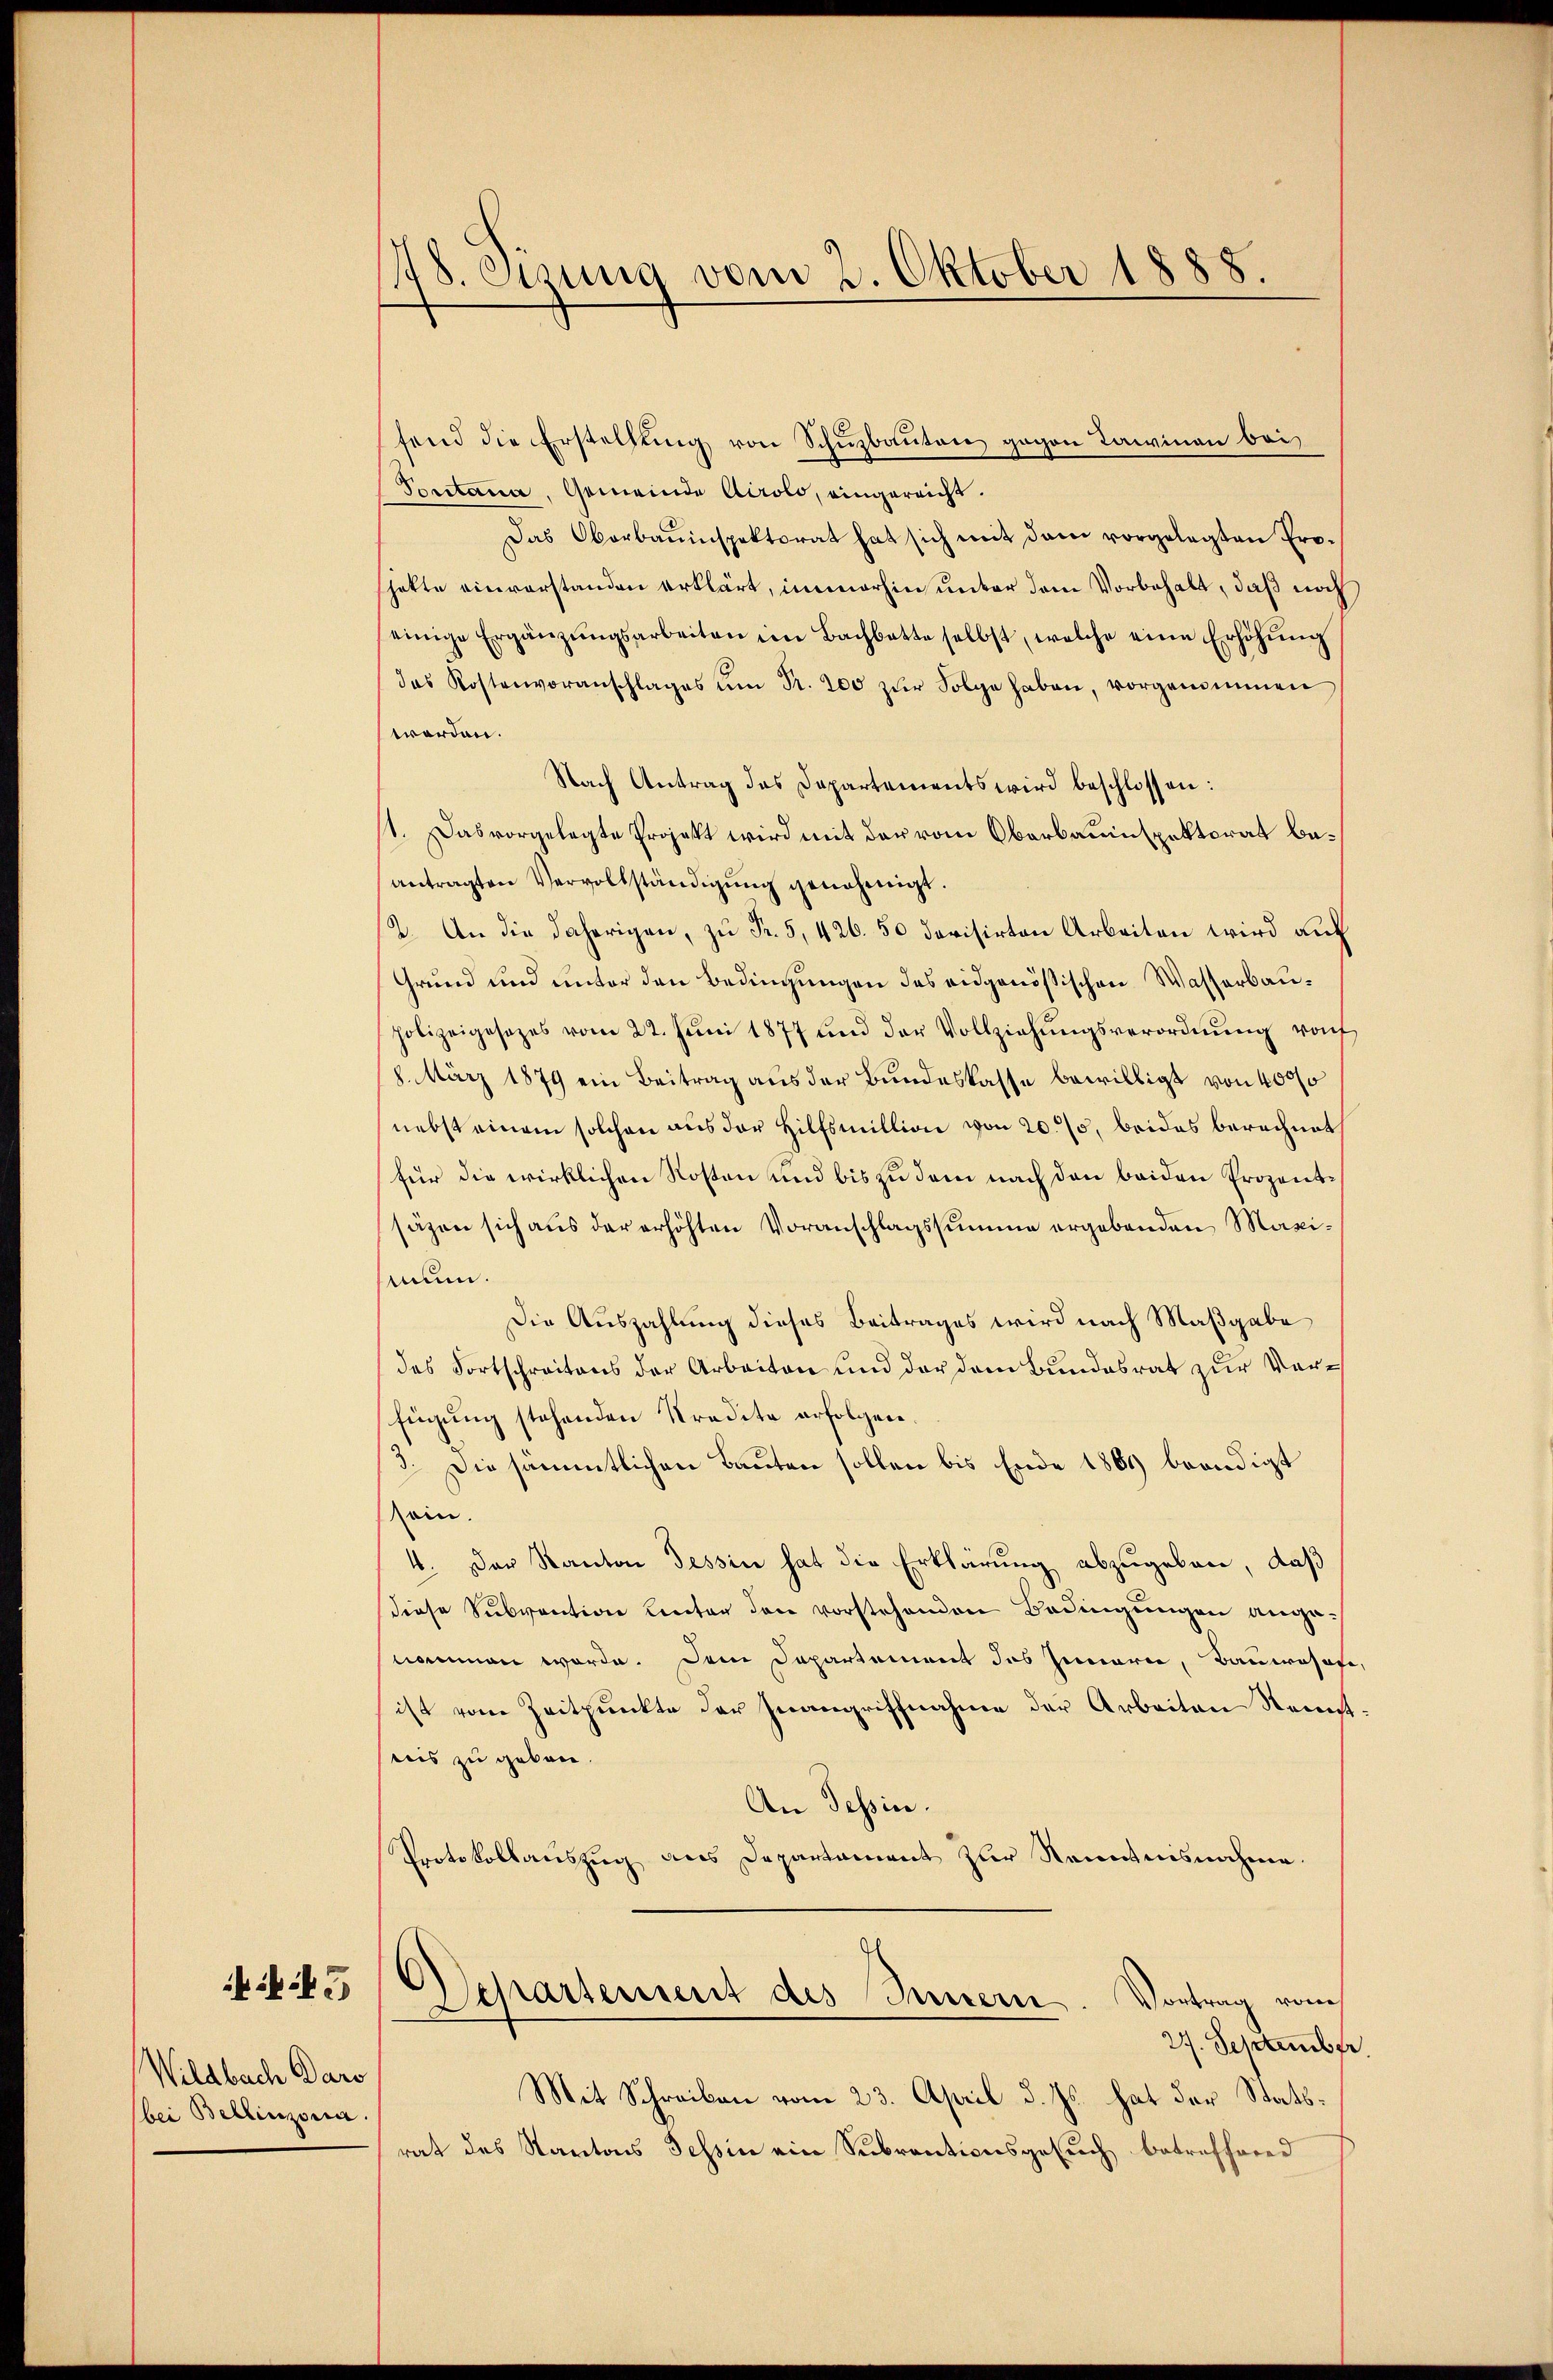
5

Wildbach Dars
bei Bellinzona.

18. eisung vom 2. Oktober 1888

fend die Erstellung von Schuzbauten gegen Lawinen bei
Portana, Gemeinde Airolo, eingereicht.
Das Oberbauinspektorat hat sich mit dem vorgelegten Pro-
hatte einverstanden erklärt, immerhin unter dem Vorbehalt, daß noch
einige Ergänzŭngsarbeiten im Bachbatte selbst, welche eine Erhöhŭng
das Kostenvoranschlages ŭm Fr. 200 zŭr Folge haben, vorgenommen
werden.
Nach Antrag des Departements wird beschlossen:
t. Das vorgelegte Projekt wird mit der vom Oberbauinspektorat beantragten Vervollständigŭng genehmigt.
2. An die daherigen, zu Fr. 5, 426. 50 devisirten Arbeiten wird auf
Grund und unter den Bedingungen des eidgenößischen Wasserbaupolizeigesetzes vom 22. Jŭni 1877 und der Vollziehŭngsverordnŭng von
8. März 1879 ein Beitrag aus der Bundeskasse bewilligt von 4000
nebst einem solchen aus der Hilfsmillion von 20. 75, beides berechnet
für die wirklichen Kosten und bis zu dem nach den beiden Prozentsäzen sich aus der erhöhten Voranschlagssumme ergebenden Maximun.
Die Auszahlung dieses Beitrages wird nach Maßgabe
des Fortschreitens der Arbeiten und der dem Bundesrat zur Verfügung stehenden Kredite erfolgen.
3. Die sämmtlichen Bauten sollen bis Ende 1869 beendigt
sein.
4. Der Kanton Tessin hat die Erklärung abzugeben, daß
diese Subvention Kenter den vorstehenden Bedingungen ange-
nommen worde. Dem Departement des Innern, Bauwesene
ist vom Zeitpunkte der Inangriffnahme der Arbeiten Kennt
teis zu geben.
An Tessin.
Protokollauszug aus Departament zur Renntnisnahme.
Departement des Innern
Vortrag vom
27. September
Mit Schreiben vom 23. April d. Js. hat der Stattrat des Kantons Tessin ein Subventionsgesuch betreffend